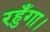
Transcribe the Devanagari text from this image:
रहुँगा।